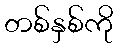
တစ်နှစ်ကို